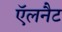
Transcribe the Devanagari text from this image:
ऍलनैट